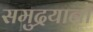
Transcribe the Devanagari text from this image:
समुद्रयानों